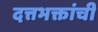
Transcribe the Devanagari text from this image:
दत्तभक्तांची